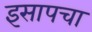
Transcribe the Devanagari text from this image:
इसापचा